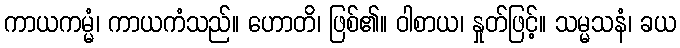
ကာယကမ္မံ၊ ကာယကံသည်။ ဟောတိ၊ ဖြစ်၏။ ဝါစာယ၊ နှုတ်ဖြင့်။ သမ္မသနံ၊ ခယ